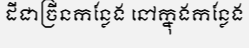
ដីជាច្រីនកន្លែង នៅក្នុងកន្លែង